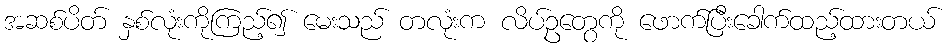
အဆစ်ပိတ် နှစ်လုံးကိုကြည့်၍ မေးသည် တလုံးက လိပ်ဥတွေကို ဖောက်ပြီးခေါက်ထည့်ထားတယ်